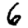
Digit: 6